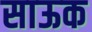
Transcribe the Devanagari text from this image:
साऊक